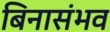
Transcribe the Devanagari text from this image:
बिनासंभव